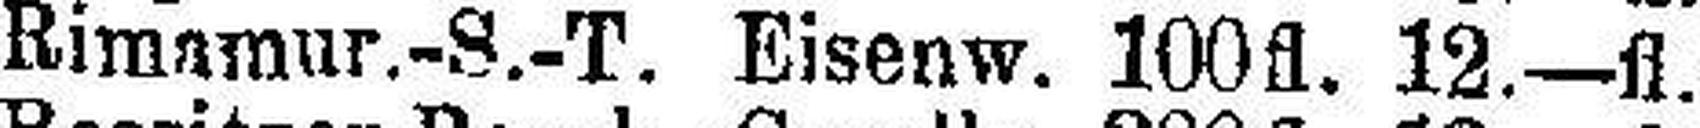
Rimamur.-S.-T. Eisenw. 100fl. 12.—fl.